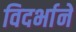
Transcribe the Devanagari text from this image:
विदर्भाने